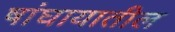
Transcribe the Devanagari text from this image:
षांघायातील